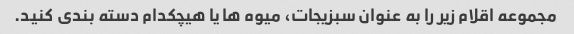
مجموعه اقلام زیر را به عنوان سبزیجات، میوه ها یا هیچکدام دسته بندی کنید.